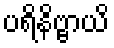
ပရိနိဗ္ဗာယိ